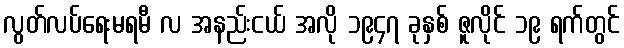
လွတ်လပ်ရေးမရမီ လ အနည်းငယ် အလို ၁၉၄၇ ခုနှစ် ဇူလိုင် ၁၉ ရက်တွင်